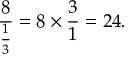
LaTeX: { \frac { 8 } { \frac { 1 } { 3 } } } = 8 \times { \frac { 3 } { 1 } } = 2 4 .